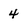
Character: 4